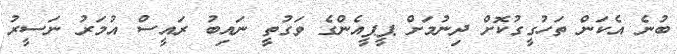
ބުނެ އެކަން ތަހުގީގުކޮށް ދިނުމަށް ޕީޕީއެންގެ ވަގުތީ ނައިބު ރައީސް އުމަރު ނަސީރު